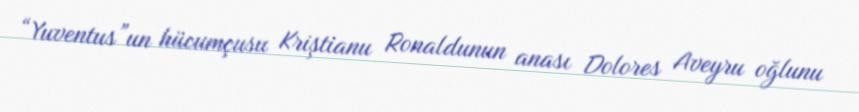
“Yuventus”un hücumçusu Kriştianu Ronaldunun anası Dolores Aveyru oğlunu